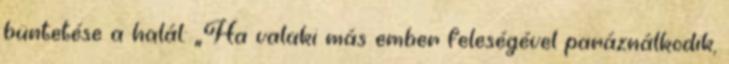
büntetése a halál: „Ha valaki más ember feleségével paráználkodik,